Civil Veterinary Department. Madras. Admin. report 1926-33 - 1926-1933
Year: 1926
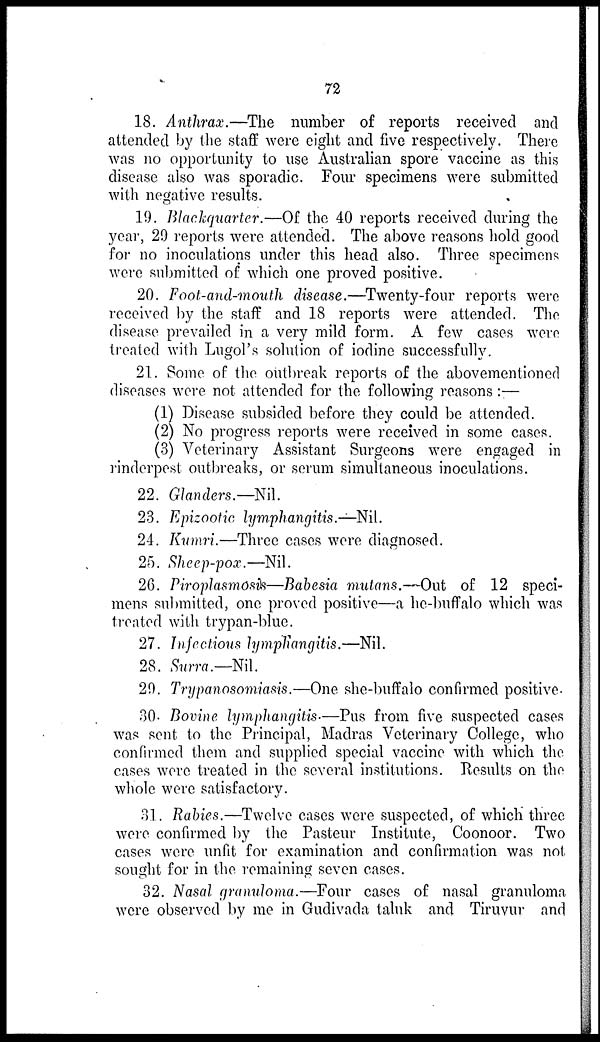
72
18. Anthrax.—The number of reports received and
attended by the staff were eight and five respectively. There
was no opportunity to use Australian spore vaccine as this
disease also was sporadic. Four specimens were submitted
with negative results.
19. Blackquarter.—Of the 40 reports received during the
year, 29 reports were attended. The above reasons hold good
for no inoculations under this head also. Three specimens
were submitted of which one proved positive.
20. Foot-and-mouth disease.—Twenty-four reports were
received by the staff and 18 reports were attended. The
disease prevailed in a very mild form. A few cases were
treated with Lugol's solution of iodine successfully.
21. Some of the outbreak reports of the abovementioned
diseases were not attended for the following reasons :—
(1) Disease subsided before they could be attended.
(2) No progress reports were received in some cases.
(3) Veterinary Assistant Surgeons were engaged in
rinderpest outbreaks, or serum simultaneous inoculations.
22. Glanders.—Nil.
23. Epizootic lymphangitis.—Nil.
24. Kumri.—Three cases were diagnosed.
25. Sheep-pox.—Nil.
26. Piroplasmosis—Babesia mutans.—Out of 12 speci-
mens submitted, one proved positive—a he-buffalo which was
treated with trypan-blue.
27. Infectious lymphangitis.—Nil.
28. Surra.— Nil.
29. Trypanosomiasis.—One she-buffalo confirmed positive.
30. Bovine lymphangitis—Pus from five suspected cases
was sent to the Principal, Madras Veterinary College, who
confirmed them and supplied special vaccine with which the
cases were treated in the several institutions. Results on the
whole were satisfactory.
31. Rabies.—Twelve cases were suspected, of which three
were confirmed by the Pasteur Institute, Coonoor. Two
cases were unfit for examination and confirmation was not
sought for in the remaining seven cases.
32. Nasal granuloma.—Four cases of nasal granuloma
were observed by me in Gudivada taluk and Tiruvur and